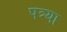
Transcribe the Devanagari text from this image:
पत्र्या